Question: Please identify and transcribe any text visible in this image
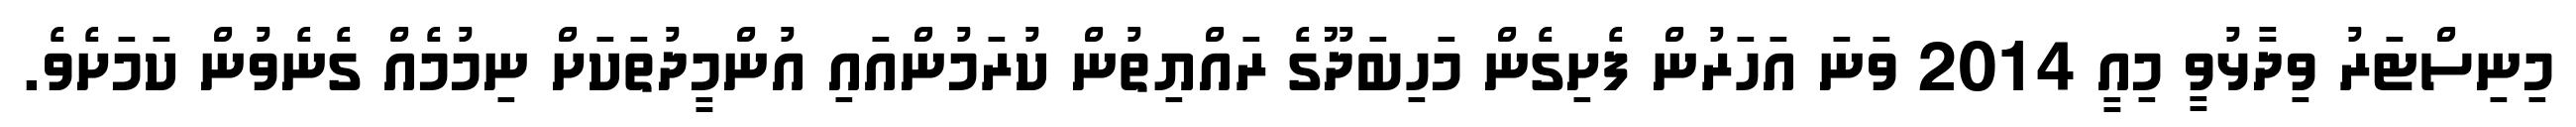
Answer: މިނިސްޓަރު ވިދާޅުވީ މިއީ 2014 ވަނަ އަހަރުން ފެށިގެން މަހިބަދޫގެ ރައްޔިތުން ކުރަމުންއައި އުންމީދުތަކަށް ނިމުމެއް ގެނެވުން ކަމަށެވެ.